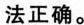
法正确。